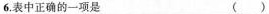
6.表中正确的一项是 （ ）